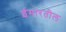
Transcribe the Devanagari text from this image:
ईमारतील